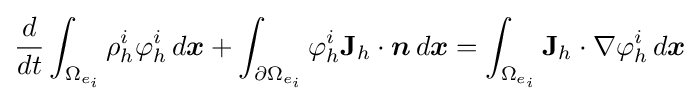
{\frac {d}{dt}}\int _{\Omega _{e_{i}}}\rho _{h}^{i}\varphi _{h}^{i}\,d{\boldsymbol {x}}+\int _{\partial \Omega _{e_{i}}}\varphi _{h}^{i}\mathbf {J} _{h}\cdot {\boldsymbol {n}}\,d{\boldsymbol {x}}=\int _{\Omega _{e_{i}}}\mathbf {J} _{h}\cdot \nabla \varphi _{h}^{i}\,d{\boldsymbol {x}}